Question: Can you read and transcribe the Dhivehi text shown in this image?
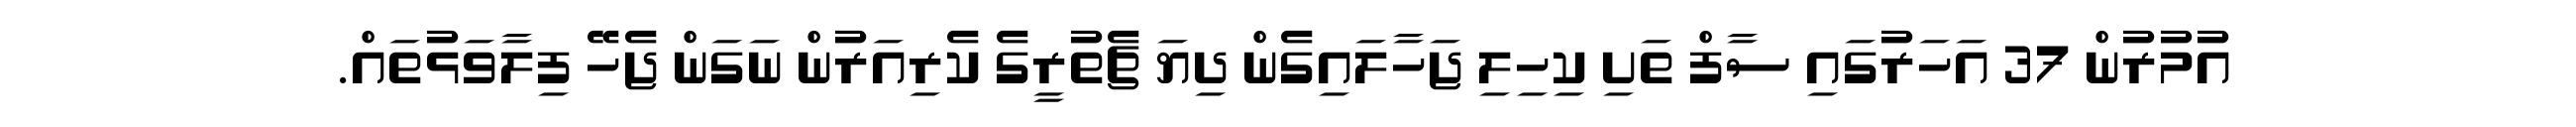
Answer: އުމުރުން 37 އަހަރުގައި ސާފް ތަށި ކިހިލި ޖަހާލައިގެން ދިޔަ ޗެތުރީގެ ކެރިއަރުން ނަގަން ޖެހޭ ފިލާވަޅުތައް.